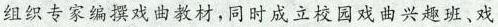
组织专家编撰戏曲教材，同时成立校园戏曲兴趣班、戏